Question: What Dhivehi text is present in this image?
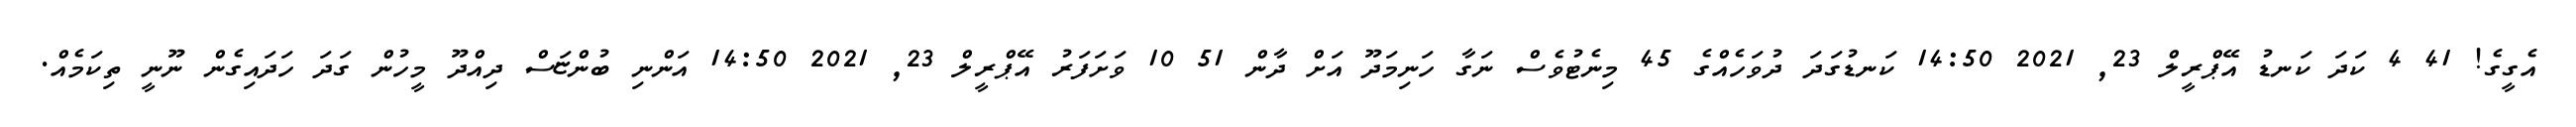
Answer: އެގީގެ! 41 4 ކަދަ ކަނޑު އޭޕްރީލް 23, 2021 14:50 ކަނޑުގަދަ ދުވަހެއްގެ 45 މިނެޓުވެސް ނަގާ ހަނިމަދޫ އަށް ދާން 51 10 ވަށަފަރު އޭޕްރީލް 23, 2021 14:50 އަންނި ބުންޏަސް ދިއްދޫ މީހުން ގަދަ ހަދައިގެން ނޫނީ ތިކަމެއް.